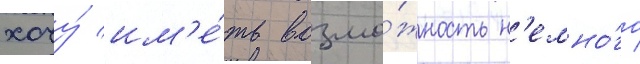
хочу́ им'е́ть возмо́жность н'емно́го